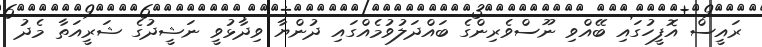
ރައީސް އޮފީހުގައި ބޭއްވި ނޫސްވެރިންގެ ބައްދަލުވުމެއްގައި ދުންޔާ ވިދާޅުވީ ނަޝީދުގެ ޝަރީއަތާ މެދު